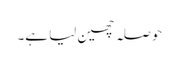
حوصلہ چھین لیا ہے۔